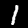
Digit: 1